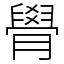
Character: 䑁